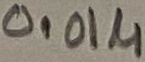
Text: 0.01µ